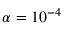
\alpha = 1 0 ^ { - 4 }